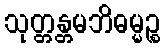
သုတ္တန္တမဘိဓမ္မဉ္စ